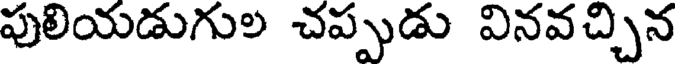
పులియడుగుల చప్పుడు వినవచ్చిన